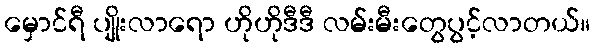
မှောင်ရီ ပျိုးလာရော ဟိုဟိုဒီဒီ လမ်းမီးတွေပွင့်လာတယ်။